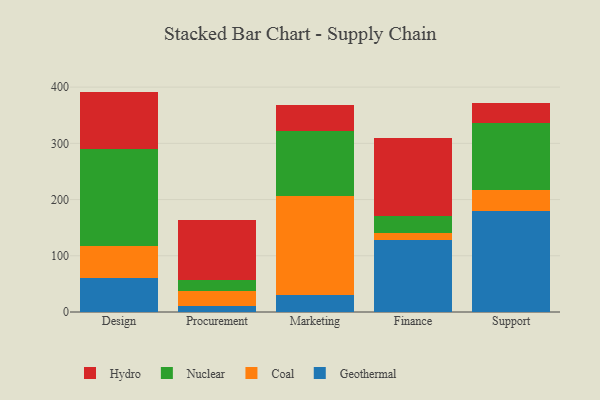
{"axis": {"x": "Department", "y": "Shipments"}, "legend": ["Coal", "Geothermal", "Hydro", "Nuclear"], "data": [{"x": "Design", "y": 59.8, "type": "Geothermal"}, {"x": "Design", "y": 58.2, "type": "Coal"}, {"x": "Design", "y": 171.5, "type": "Nuclear"}, {"x": "Design", "y": 102.5, "type": "Hydro"}, {"x": "Procurement", "y": 11.3, "type": "Geothermal"}, {"x": "Procurement", "y": 25.7, "type": "Coal"}, {"x": "Procurement", "y": 20.1, "type": "Nuclear"}, {"x": "Procurement", "y": 106.7, "type": "Hydro"}, {"x": "Marketing", "y": 29.4, "type": "Geothermal"}, {"x": "Marketing", "y": 177.8, "type": "Coal"}, {"x": "Marketing", "y": 114.3, "type": "Nuclear"}, {"x": "Marketing", "y": 46.0, "type": "Hydro"}, {"x": "Finance", "y": 127.7, "type": "Geothermal"}, {"x": "Finance", "y": 12.7, "type": "Coal"}, {"x": "Finance", "y": 30.6, "type": "Nuclear"}, {"x": "Finance", "y": 138.5, "type": "Hydro"}, {"x": "Support", "y": 180.0, "type": "Geothermal"}, {"x": "Support", "y": 37.3, "type": "Coal"}, {"x": "Support", "y": 118.1, "type": "Nuclear"}, {"x": "Support", "y": 36.3, "type": "Hydro"}]}